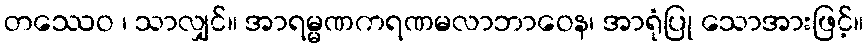
တဿေဝ ၊ သာလျှင်။ အာရမ္မဏကရဏမလာဘာဝေန၊ အာရုံပြု သောအားဖြင့်။